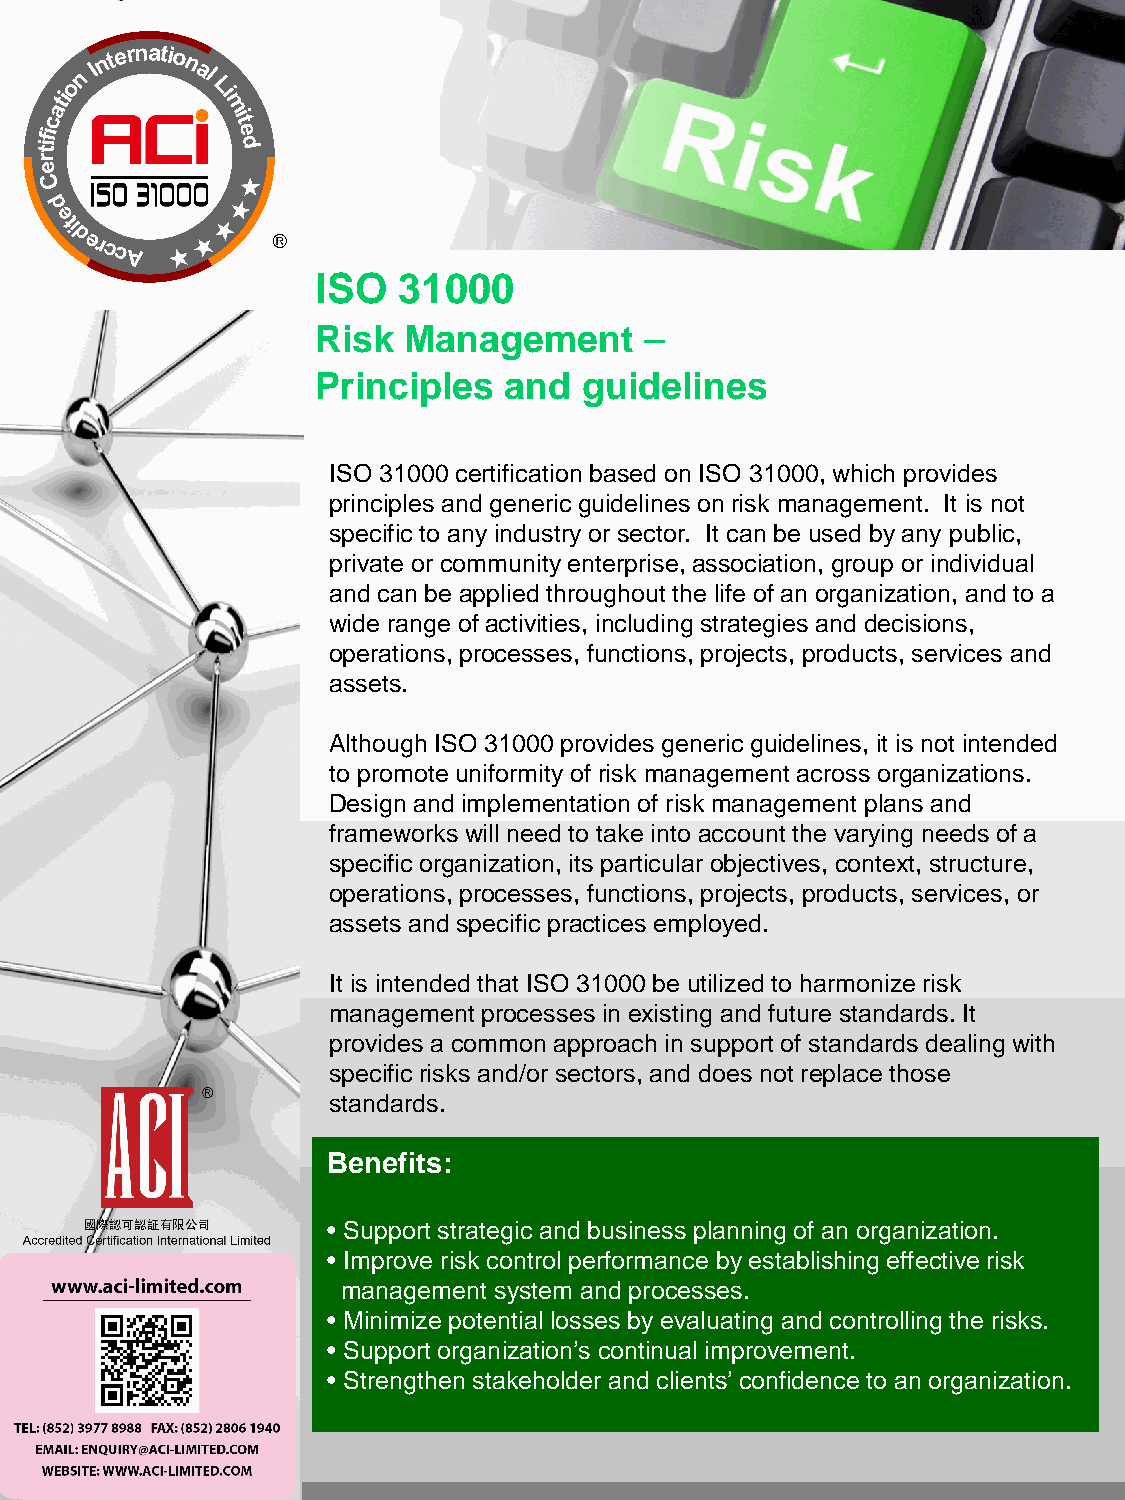
ISO  31000
 Risk  Management      –
 Principles  and  guidelines
 ISO 31000 certification based on ISO 31000, which provides
 principles and generic guidelines on risk management. It is not
 specific to any industry or sector. It can be used by any public,
 private or community enterprise, association, group or individual
 and can be applied throughout the life of an organization, and to a
 wide range of activities, including strategies and decisions,
 operations, processes, functions, projects, products, services and
 assets.
 Although ISO 31000 provides generic guidelines, it is not intended
 to promote uniformity of risk management across organizations.
 Design and implementation of risk management plans and
 frameworks will need to take into account the varying needs of a
 specific organization, its particular objectives, context, structure,
 operations, processes, functions, projects, products, services, or
 assets and specific practices employed.
 It is intended that ISO 31000 be utilized to harmonize risk
 management processes in existing and future standards. It
 provides a common approach in support of standards dealing with
 specific risks and/or sectors, and does not replace those
 standards.
 Benefits:
 • Support strategic and business planning of an organization.
 • Improve risk control performance by establishing effective risk
 management system and processes.
 • Minimize potential losses by evaluating and controlling the risks.
 • Support organization’s continual improvement.
 • Strengthen stakeholder and clients’ confidence to an organization.